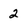
Character: 2